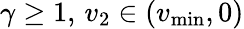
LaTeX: \gamma\geq 1,\, v_{2}\in(v_{\operatorname*{min}},0)